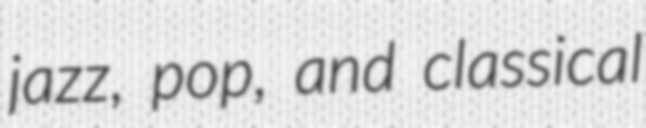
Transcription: jazz, pop, and classical